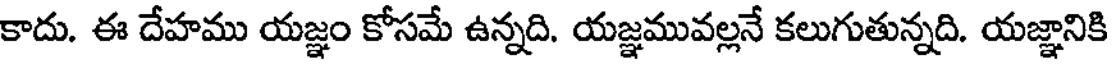
కాదు. ఈ దేహము యజ్ఞం కోసమే ఉన్నది. యజ్ఞమువల్లనే కలుగుతున్నది. యజ్ఞానికి